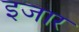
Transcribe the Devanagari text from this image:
इजार